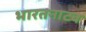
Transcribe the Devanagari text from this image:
भारतनाट्य